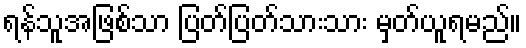
ရန်သူအဖြစ်သာ ပြတ်ပြတ်သားသား မှတ်ယူရမည်။